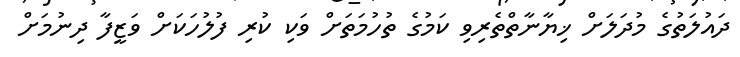
ދައުލަތުގެ މުދަލަށް ޚިޔާނާތްތެރިވި ކަމުގެ ތުހުމަތަށް ވަކި ކުރި ފުލުހަކަށް ވަޒީފާ ދިނުމަށް